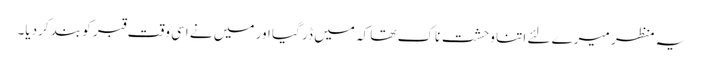
یہ منظر میرے لئے اتنا وحشت ناک تھا کہ میں ڈر گیا اور میں نے اسی وقت قبر کو بند کردیا۔